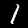
Digit: 1